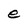
Character: e